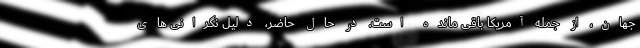
جهان، از جمله آمریکا باقی مانده است. در حال حاضر، دلیل نگرانی های